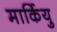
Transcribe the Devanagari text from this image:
मार्कियु